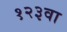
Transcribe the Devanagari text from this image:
१२३वा